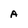
Character: A